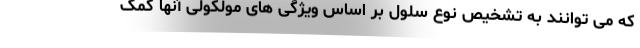
که می توانند به تشخیص نوع سلول بر اساس ویژگی های مولکولی آنها کمک